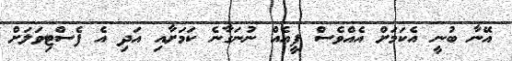
އޭނާ ބުނީ އެކަމަށް އެއްވެސް ފީއެއް ނުނަގާނެ ކަމަށާއި އަދި އެ ފެސްޓިވަލަށް